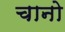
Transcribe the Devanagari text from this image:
चानो